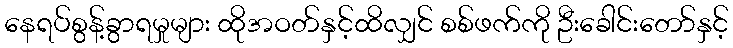
နေရပ်စွန့်ခွာရမှုများ ထိုအဝတ်နှင့်ထိလျှင် စစ်ဖက်ကို ဦးခေါင်းတော်နှင့်